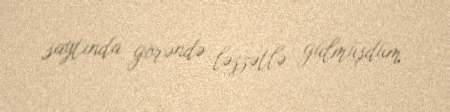
saytında görəndə ləzzətlə gülmüşdüm.